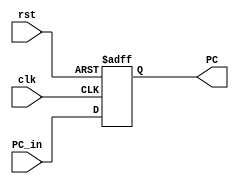
module WB_Stage_reg
	(
		input clk,
		input rst,
		input [31:0] PC_in,
		output reg [31:0] PC
	);
	always@(posedge clk , posedge rst) 
	begin 
		if(rst) 
			PC<= 31'b0;
		else
			PC<= PC_in;
	end

endmodule // WB_Stage_reg